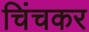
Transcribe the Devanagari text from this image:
चिंचकर